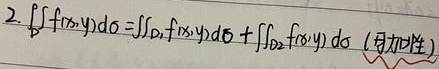
2. \(\iint_{D}f(x,y)d\sigma=\iint_{D_1}f(x,y)d\sigma + \iint_{D_2}f(x,y)d\sigma\) (可加性)